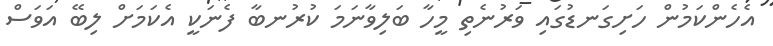
އެހެންކަމުން ހަށިގަނޑުގައި ވަރުނެތި މީހާ ބަލިވާނަމަ ކުރުނބާ ފެނަކީ އެކަމަށް ލިބޭ އަވަސް